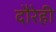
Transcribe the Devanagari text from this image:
दौरेही